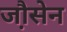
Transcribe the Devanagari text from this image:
जौ़सेन